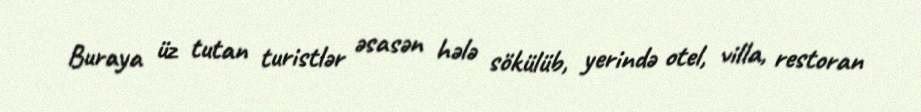
Buraya üz tutan turistlər əsasən hələ sökülüb, yerində otel, villa, restoran